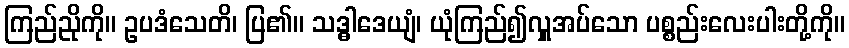
ကြည်ညိုကို။ ဥပဒံသေတိ၊ ပြ၏။ သဒ္ဓါဒေယျံ၊ ယုံကြည်၍လှူအပ်သော ပစ္စည်းလေးပါးတို့ကို။